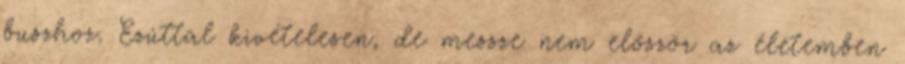
buszhoz. Ezúttal kivételesen, de messze nem először az életemben